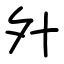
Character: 㚈